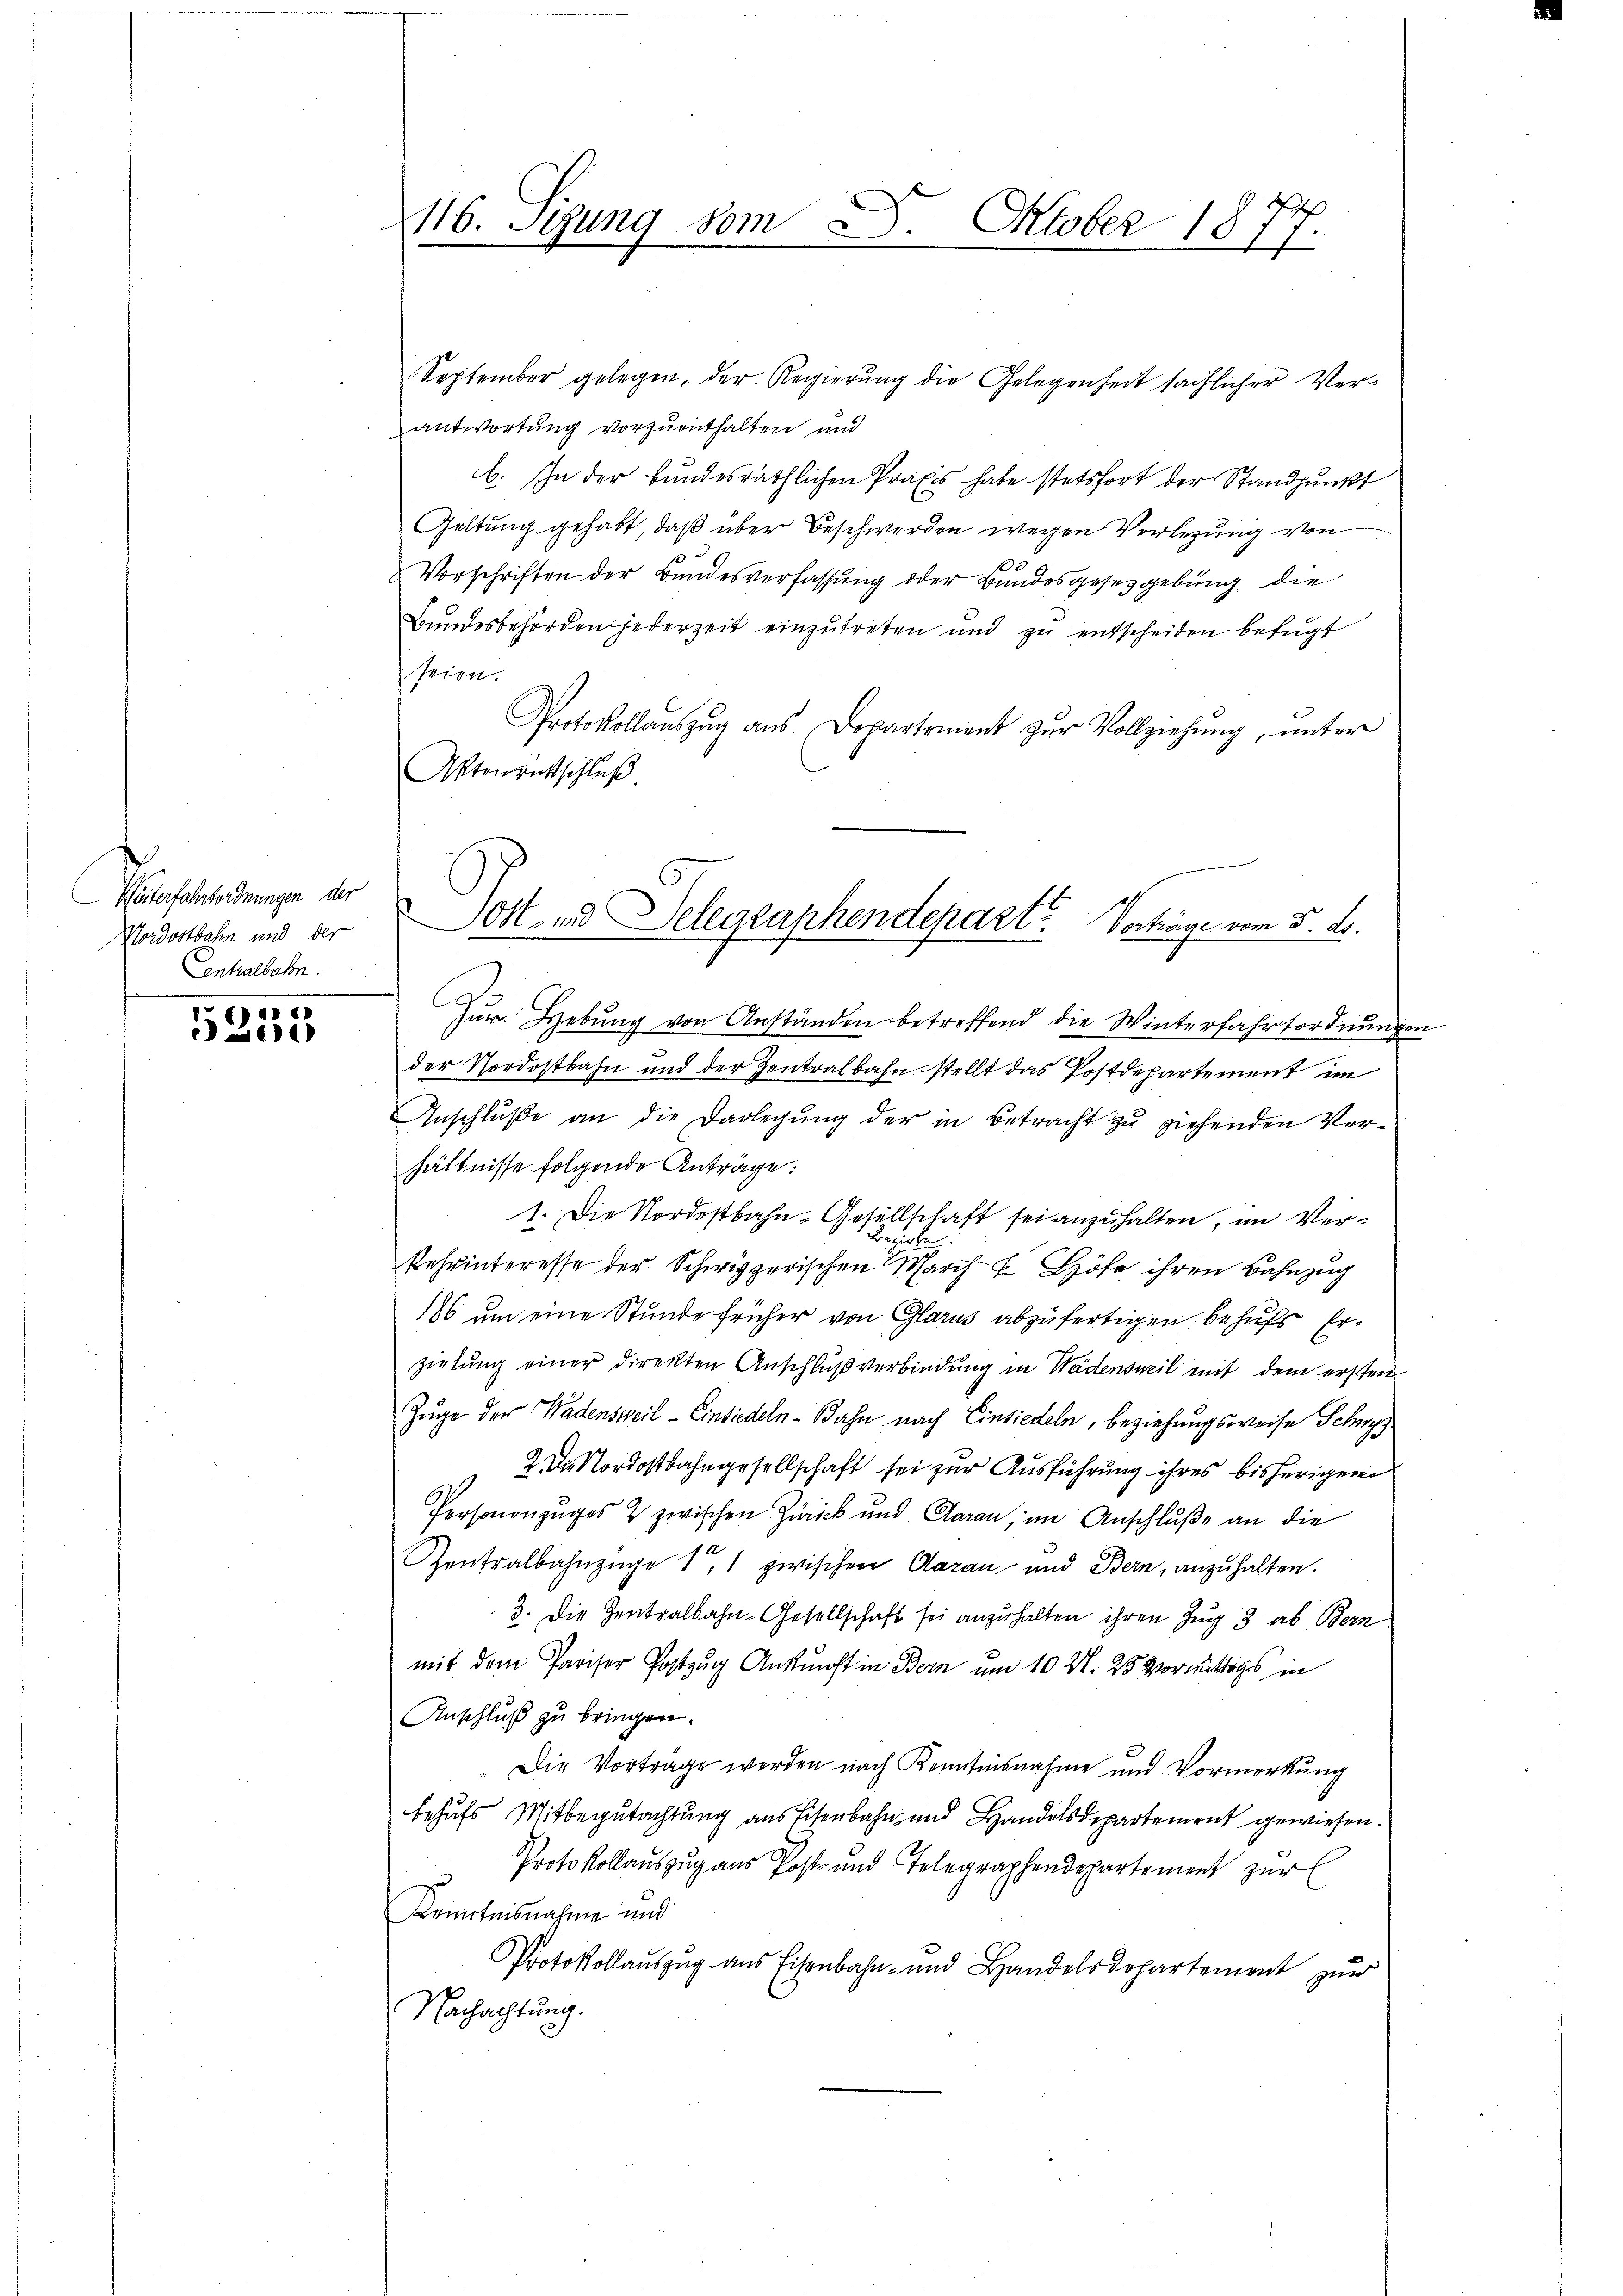
Watersanordnungen der
Nordostbahn und der
Centralbahn.

0
26

September gelegen, der Regierung die Gelegenheit sächlicher Verantwortung vorzuenthalten und
b. In der bundesräthlichen Praxis habe stetsfort der Standpunkt
Geltung gehabt, daß über Beschwerden wegen Vorlegung von
2 Vorschriften der Bundesverfassung oder Bundesgesetzgebung die
Bundesbehörden jederzeit einzutreten und zu entscheiden befugt
Peien.
Protokollauszug aus Dopartement zŭr Vollziehung, unter
Aktenrutschluß.
Zur Hebung von Anständen betreffend die Winterfahrtordnungen
der Nordostbahn und der Zentralbahn stellt das Postdepartement im
Anschluße an die Darlegung der in Betracht zu ziehenden Verhältnisse folgende Anträge:
1. Die Nordostbahn-Gesellschaft sei anzuhalten, im Ver¬
Bezirke
Kehrinteresse der Schwyzerischen March 7 Höfe ihren Bahnzug
186 um eine Stunde früher von Glarus abzufertigen behufs Erzielŭng einer direkten Anschlŭβ verbindŭng in Wädensweil mit dem ersten
Zuge der Wadensweil–Einsiedeln-Bahn nach Einsiedeln, beziehungsweise Schwyz
2. Die Nordostbahngesellschaft sei zur Ausführung ihres bisherigen
Personenzuges 2 zwischen Zürick und Aarau, im Anschluße an die
Zentralbahnzüge 11 zwischen Aarau und Bern, anzuhalten.
3. Die Zentralbahn-Gesellschaft sei anzuhalten ihren Zug 3 ab Bern
mit dem Pariser Postzug Ankunft in Bern um 10 Al. 25 Vormittags in
Anschluß zu bringen.
Die Vortrage werden nach Kenntnisnahme und Vormerkung
behufs Mitbegutachtung aus Eisenbahn und Handelsdepartement gewiesen.
Protokollauszug aus Post und Telegraphendepartement zur
Kenntnisnahme und
Protokollauszug aus Eisenbahn- und Handelsdopartement zŭr
Nachachtung.

116. Seung vom 8. Oktober 1874.

Sost- und Delegraphendepart. Vorträge vom 5. ds.